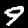
Label: 9